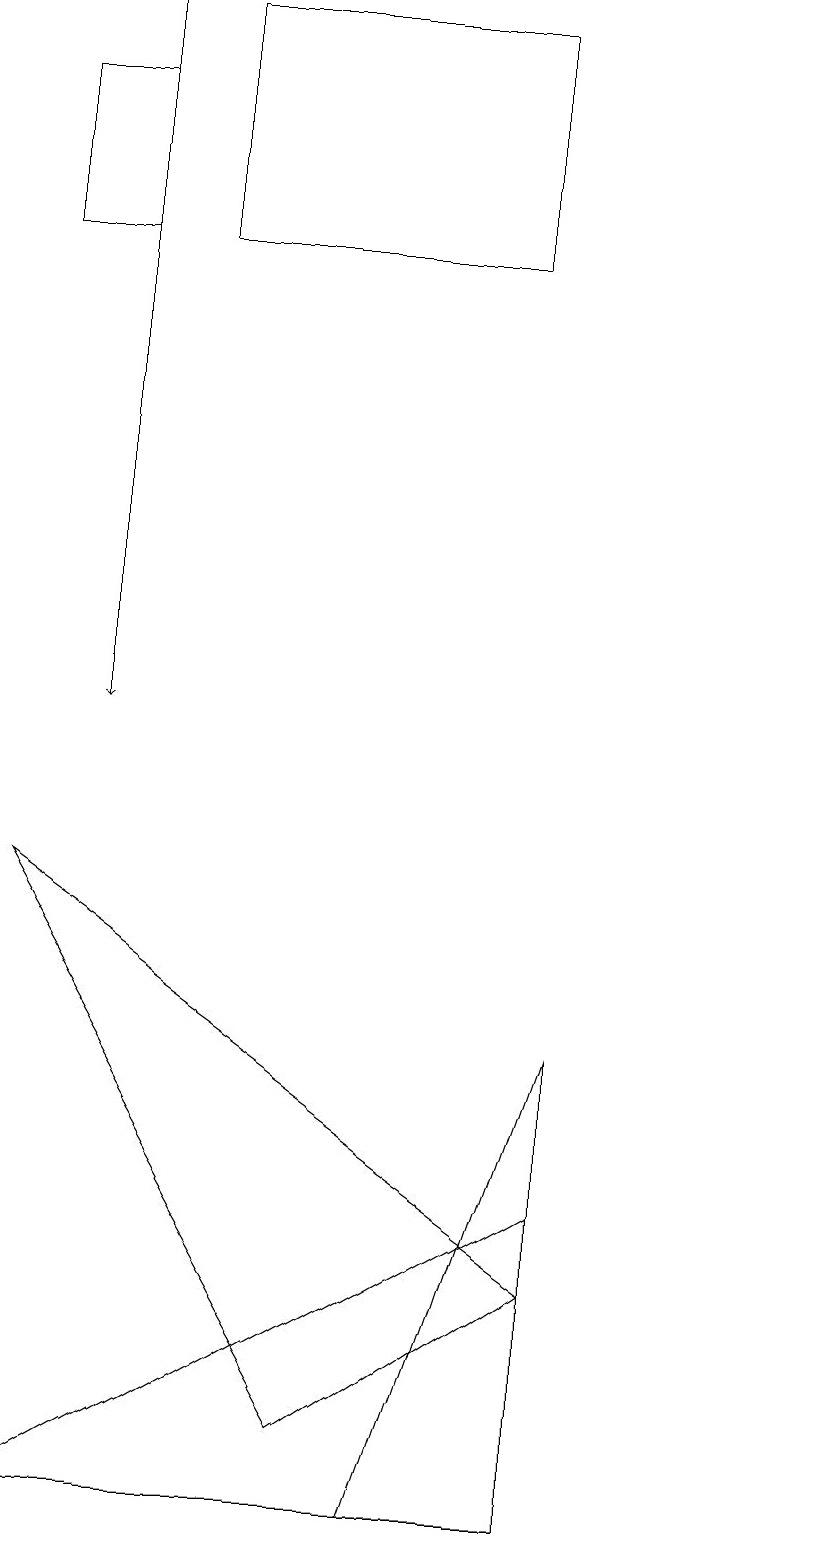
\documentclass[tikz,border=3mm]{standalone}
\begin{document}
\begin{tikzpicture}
\draw (11,11) circle (0);
\draw (6,0) -- (8,6) -- (8,0) -- cycle;
\draw (8,4) -- (8,0) -- (1,0) -- cycle;
\draw (5,1) -- (8,3) -- (1,8) -- cycle;
\draw (1,18) rectangle (2,16);
\draw (3,16) rectangle (7,19);
\draw[->] (2,19) -- (2,10);
\draw (4,18) rectangle (4,18);
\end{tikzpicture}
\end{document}